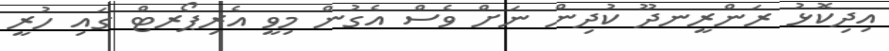
އިދިކޮޅު ރަންރީނދޫ ކުދިން ނަށް ވެސް އެގުން މިވީ އެރިޕޯރޓް ގައި ހުރީ